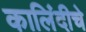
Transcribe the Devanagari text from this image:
कालिंदीचे